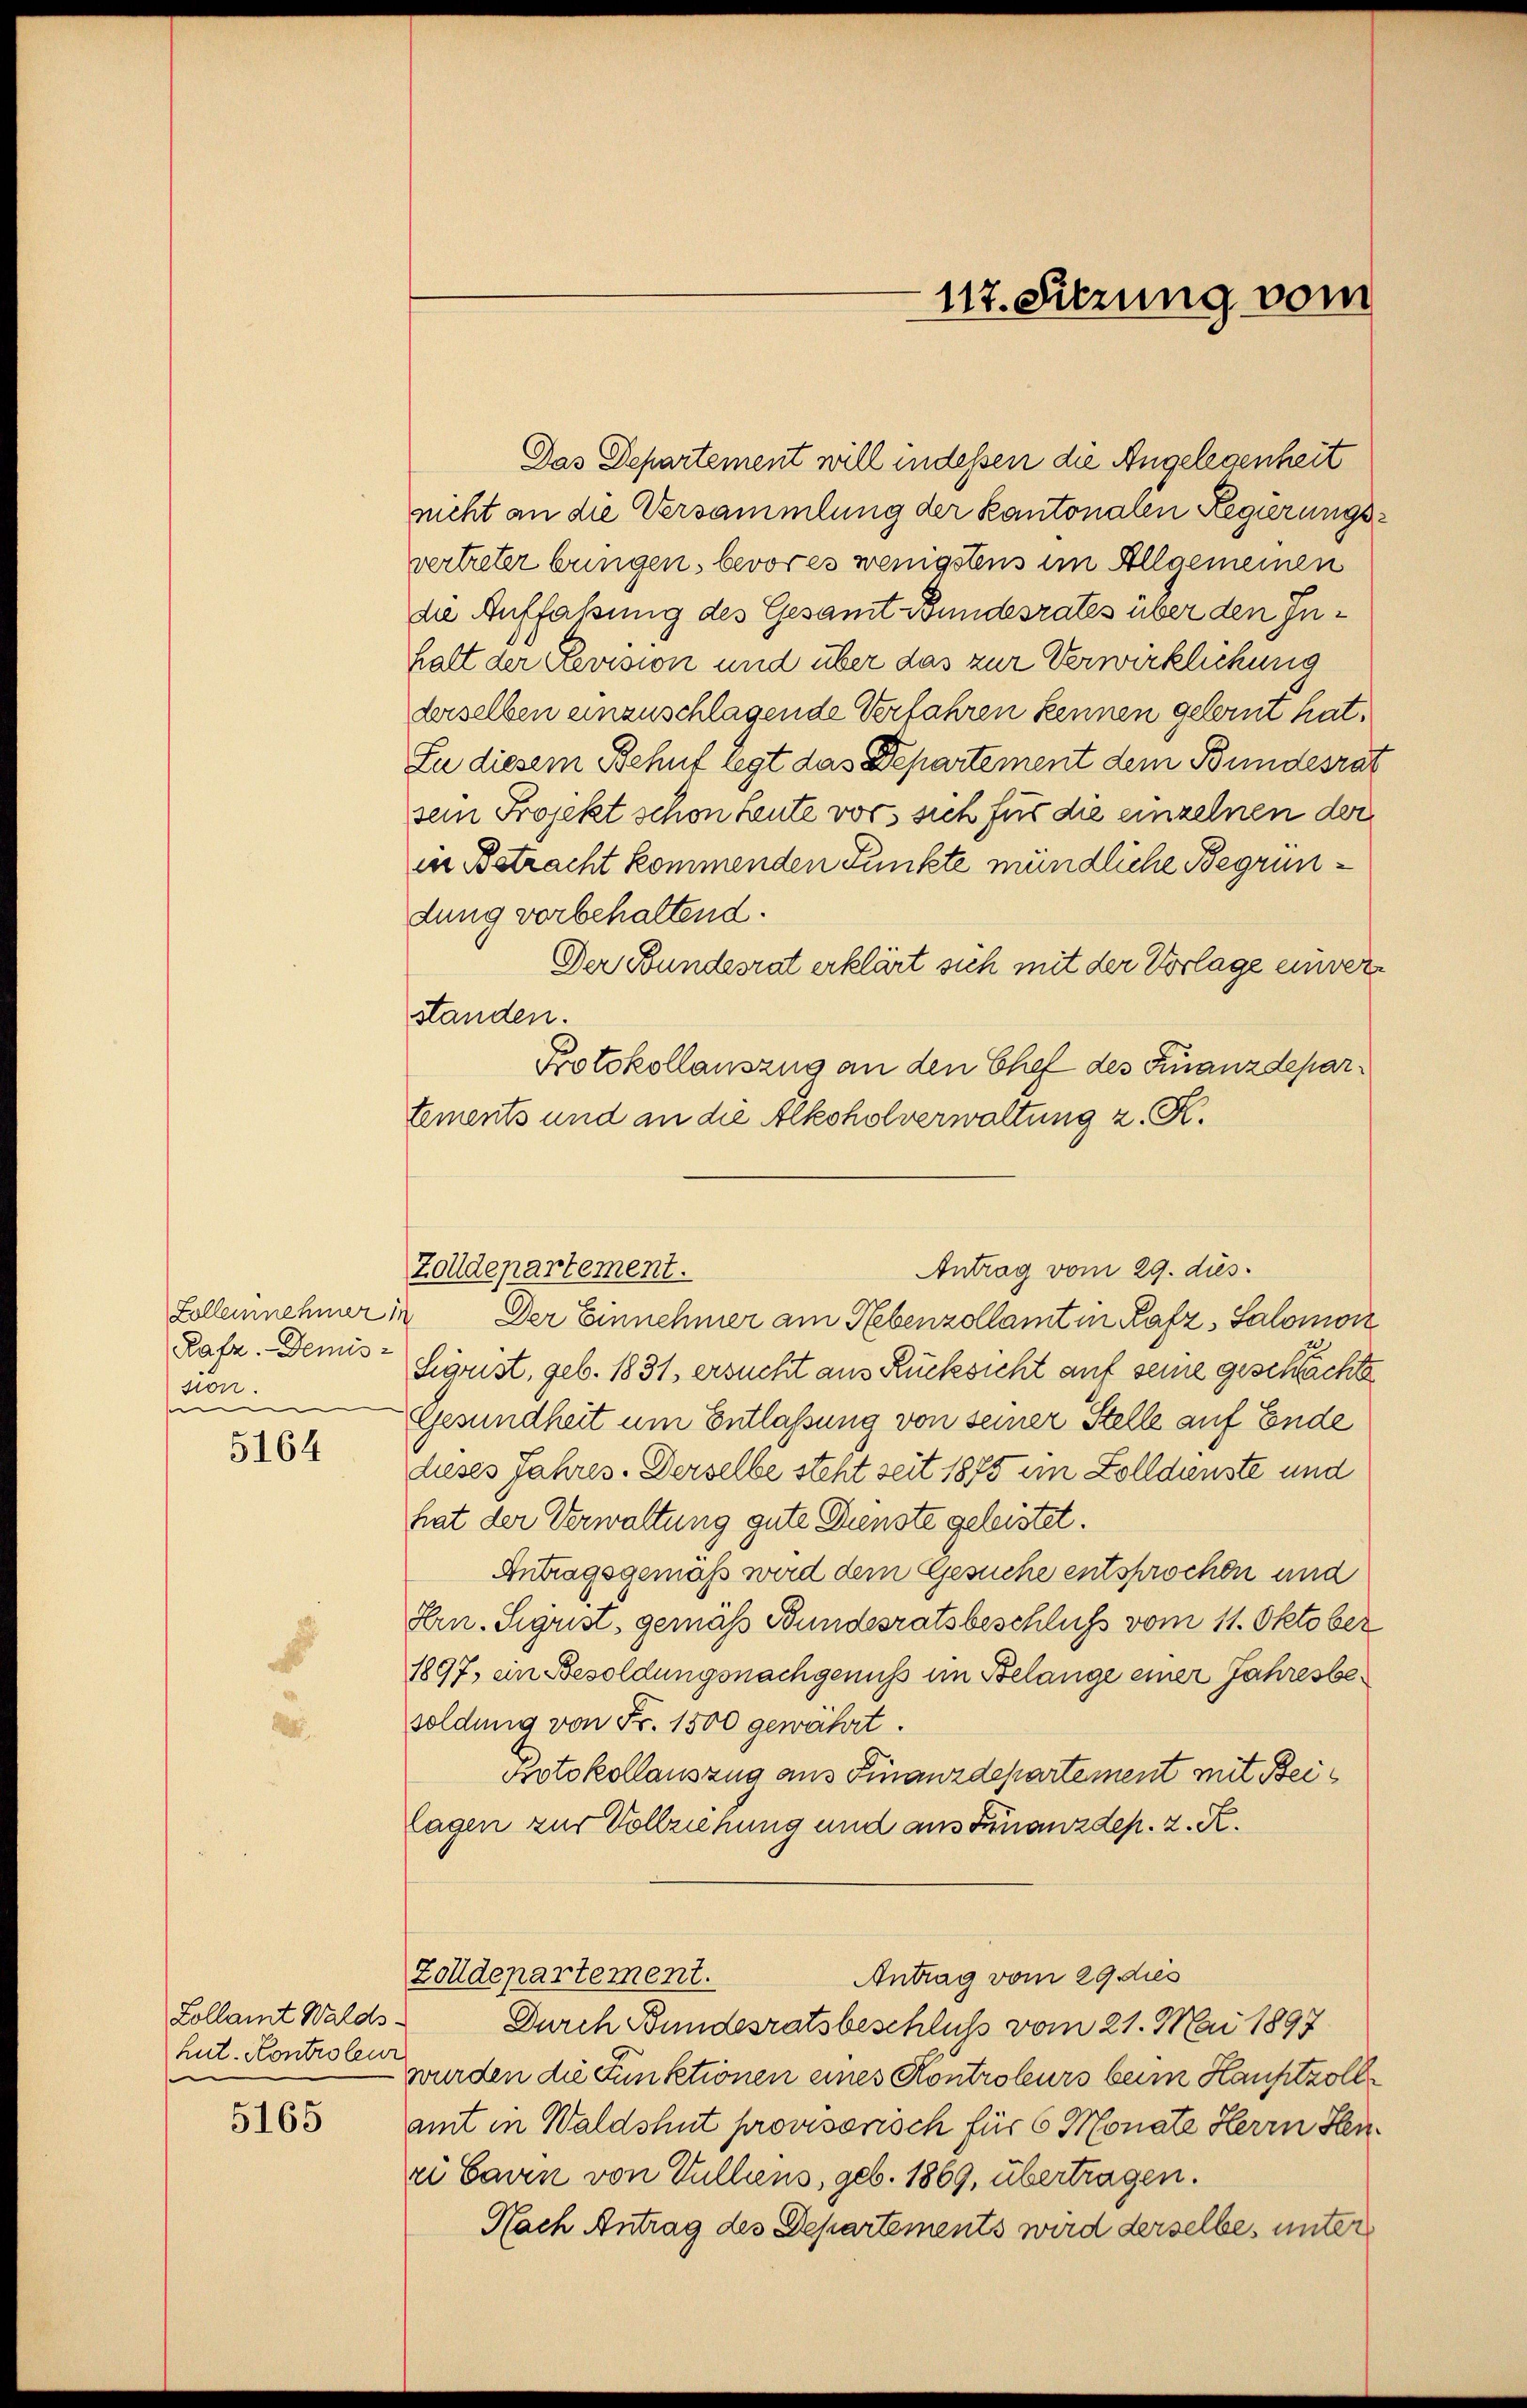
Rafz. Demission.
e

5164

hut. Kontroleur
e

5165

Das Departement will indessen die Angelegenheit
nicht an die Versammlung der Kantonaren Regierungsvertreter bringen, bevor es wenigstens im Allgemeinen
die Auffaßung des Gesamt Bundesrates über den Inhatt der Revision und über das zur Verwirklichung
derselben einzuschlagende Verfahren kennen gelernt hat.
Zu diesem Behuf legt das Departement dem Bundesrat
sein Projekt schon heute vor sich für die einzelnen der
in Betracht kommenden Punkte mündliche Begründung vorbehaltend.
Der Bundesrat erklärt sich mit der Vorlage einverstanden.
Protokollauszug an den Chef des Finanzdepartements und an die Alkoholverwaltung z. K.
Zollennehmer in Der Einnehmer am Nebenzollamt in Rafz, Salomon
Sigrist, geb. 1831, ersucht aus Rücksicht auf seine geschächte
Gesundheit um Entlaßung von seiner Stelle auf Ende
dieses Jahres. Derselbe steht seit 1875 in Zolldienste und
hat der Verwaltung gute Dienste geleistet.
Antragsgemäß wird dem Gesuche entsprochen und
Hrn. Sigrist, gemäß Bundesratsbeschluss vom 11. Oktober
1897, ein Besoldungsnachgenuß im Belange einer Jahresbesoldung von Fr. 1500 gewährt.
Protokollauszug aus Finanzdepartement mit Beilagen zur Vollziehung und aus Finanzdep. 2. R.
Zolldepartement.
Antrag vom 29. dies
Kollamt Walds Durch Bundesratsbeschluss vom 21. Mai 1897
 wurden die Funktionen eines Kontroleurs beim Hauptzollamt in Waldshut provisorisch für 6 Monate Herrn Senri Caren von Gulliens, geb. 1869, übertragen.
Nach Antrag des Departements wird derselbe unter

117. Sitzung vom

Antrag vom 29. dies
Zolldepartement.